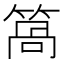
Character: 䈑